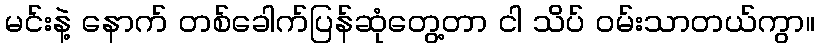
မင်းနဲ့ နောက် တစ်ခေါက်ပြန်ဆုံတွေ့တာ ငါ သိပ် ဝမ်းသာတယ်ကွာ။